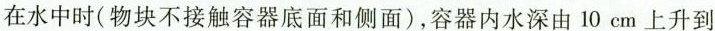
在水中时(物块不接触容器底面和侧面)，容器内水深由10cm上升到